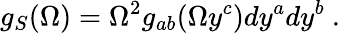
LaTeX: g_{S}(\Omega)=\Omega^{2}g_{ab}(\Omega y^{c})dy^{a}dy^{b}~.